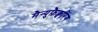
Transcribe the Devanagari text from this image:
मैन्युफ़ैक्चरिंग